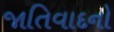
જાતિવાદનો